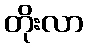
တိုးလာ